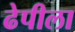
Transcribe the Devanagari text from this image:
ढेपीला